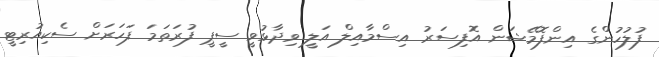
ފުލުހުންގެ އިންފޮމޭޝަން އޮފިސަރު އިސްމާއިލް އަލީ ވިދާޅުވީ ސީޕީ ފުރަތަމަ ފަހަރަށް ސެކިއުރިޓީ